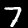
Digit: 7